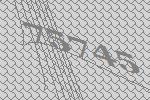
75745